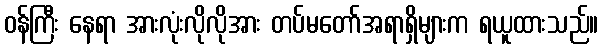
ဝန်ကြီး နေရာ အားလုံးလိုလိုအား တပ်မတော်အရာရှိများက ရယူထားသည်။